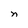
Character: n